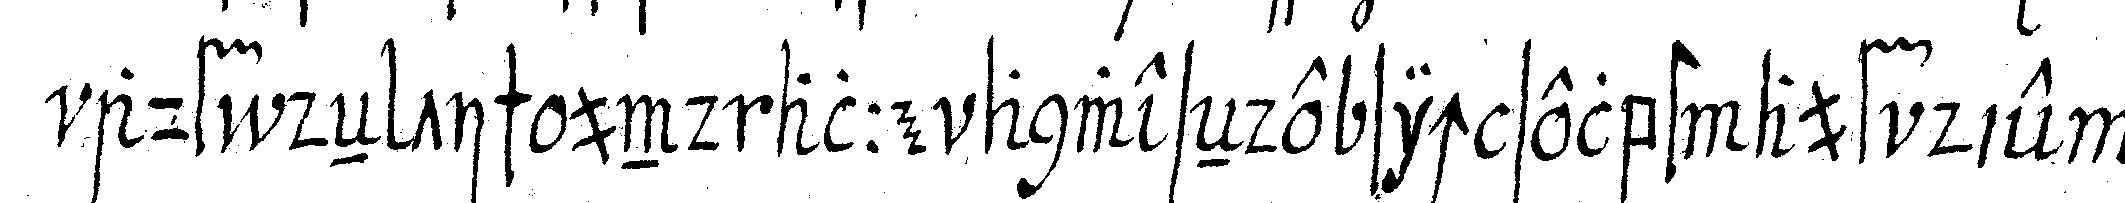
auf deN tisch und alle anweseNde sich selbst auf die